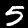
Digit: 5